Document type: Sale
Year: 1209
Scribe: Arnau de Torre
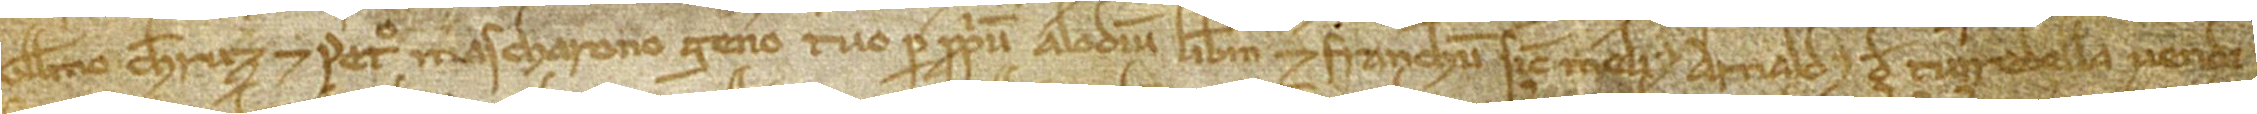
Guillelmo Cheruz et Petro Mascharono, genero tuo, per proprium alodium liberum et franchum, sicut melius Arnaldus de Turrabella vendi-